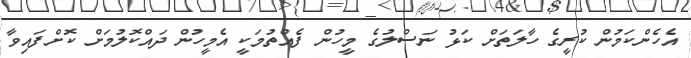
އެހެންކަމުން ކުރީގެ ހާލަތަށް ކަޅު ނަސްލުގެ މީހުން ފެއްތުމަކީ އެމީހުން ދައްކޮލުމަށް ކޮށްފައިވާ